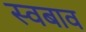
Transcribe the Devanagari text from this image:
स्वबाव